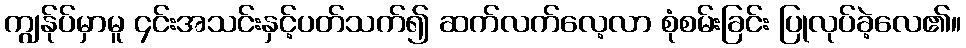
ကျွန်ုပ်မှာမူ ၄င်းအသင်းနှင့်ပတ်သက်၍ ဆက်လက်လေ့လာ စုံစမ်းခြင်း ပြုလုပ်ခဲ့လေ၏။